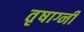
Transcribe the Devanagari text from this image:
तृषाग्नी